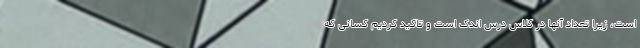
است، زیرا تعداد آنها در کلاس درس اندک است و تاکید کردیم کسانی که